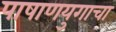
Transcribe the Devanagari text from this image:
पाषाणयुगाचा